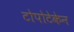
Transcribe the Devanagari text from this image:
टोपोटेकेन